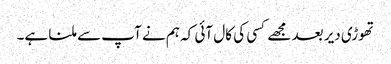
تھوڑی دیر بعد مجھے کسی کی کال آئی کہ ہم نے آپ سے ملنا ہے۔